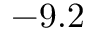
- 9 . 2